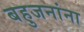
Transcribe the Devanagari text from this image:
बहुजनांना